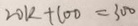
2 0 k + 1 0 0 = 3 0 0